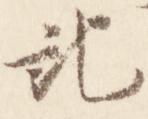
記